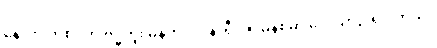
နောက် တစ်ပတ် ဗုဒ္ဓဟူး မနက် ၁၀ နာရီ ၁၅ မိနစ်မှာ လေယာဉ် ရှိပါတယ်။